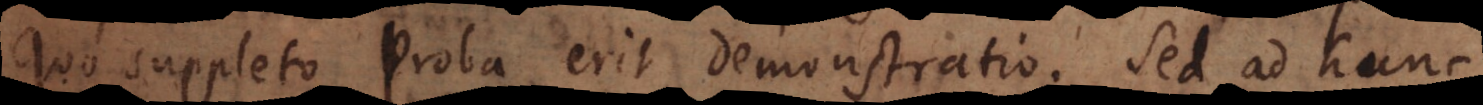
Quo suppleto proba erit demonstratio. Sed ad hunc